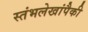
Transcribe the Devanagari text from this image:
स्तंभलेखांपैकी